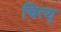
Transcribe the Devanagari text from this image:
चित्य्